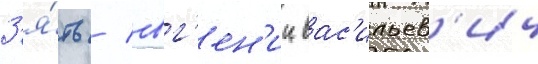
З'я́ть / евг'ен'ии вас'ильев'ич